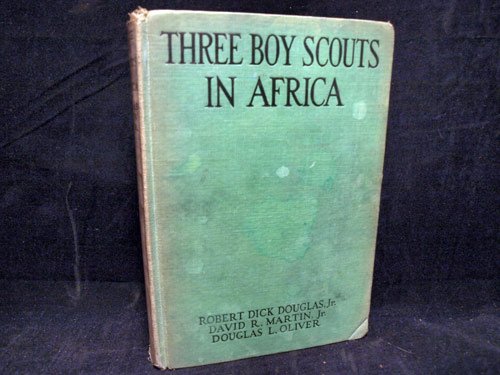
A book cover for Three Boy Scouts in Africa:  On Safari with Martin Johnson [Illustrated]; Robert Dick Douglas Jr.; Travel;